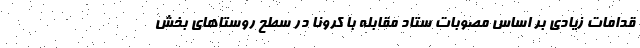
قدامات زیادی بر اساس مصوبات ستاد مقابله با کرونا در سطح روستاهای بخش